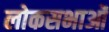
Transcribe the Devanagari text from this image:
लोकसभाओं